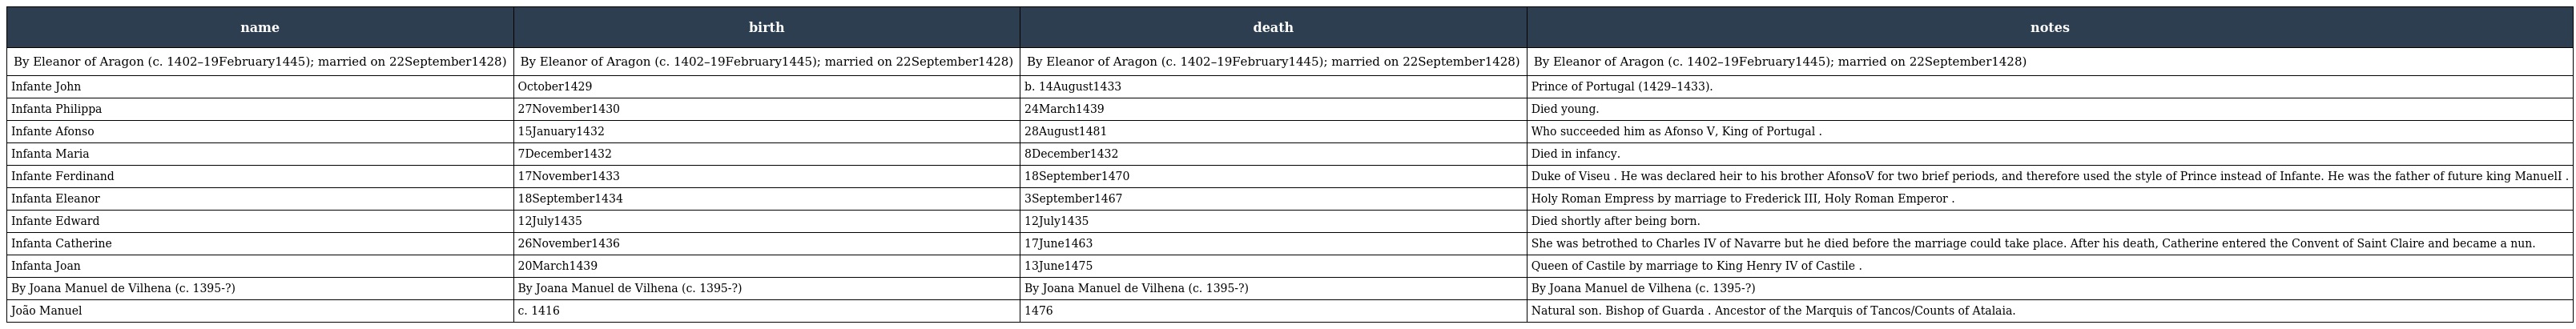
| name | birth | death | notes |
 | --- | --- | --- | --- |
 | By Eleanor of Aragon (c. 1402–19February1445); married on 22September1428) | By Eleanor of Aragon (c. 1402–19February1445); married on 22September1428) | By Eleanor of Aragon (c. 1402–19February1445); married on 22September1428) | By Eleanor of Aragon (c. 1402–19February1445); married on 22September1428) |
 | Infante John | October1429 | b. 14August1433 | Prince of Portugal (1429–1433). |
 | Infanta Philippa | 27November1430 | 24March1439 | Died young. |
 | Infante Afonso | 15January1432 | 28August1481 | Who succeeded him as Afonso V, King of Portugal . |
 | Infanta Maria | 7December1432 | 8December1432 | Died in infancy. |
 | Infante Ferdinand | 17November1433 | 18September1470 | Duke of Viseu . He was declared heir to his brother AfonsoV for two brief periods, and therefore used the style of Prince instead of Infante. He was the father of future king ManuelI . |
 | Infanta Eleanor | 18September1434 | 3September1467 | Holy Roman Empress by marriage to Frederick III, Holy Roman Emperor . |
 | Infante Edward | 12July1435 | 12July1435 | Died shortly after being born. |
 | Infanta Catherine | 26November1436 | 17June1463 | She was betrothed to Charles IV of Navarre but he died before the marriage could take place. After his death, Catherine entered the Convent of Saint Claire and became a nun. |
 | Infanta Joan | 20March1439 | 13June1475 | Queen of Castile by marriage to King Henry IV of Castile . |
 | By Joana Manuel de Vilhena (c. 1395-?) | By Joana Manuel de Vilhena (c. 1395-?) | By Joana Manuel de Vilhena (c. 1395-?) | By Joana Manuel de Vilhena (c. 1395-?) |
 | João Manuel | c. 1416 | 1476 | Natural son. Bishop of Guarda . Ancestor of the Marquis of Tancos/Counts of Atalaia. |